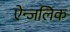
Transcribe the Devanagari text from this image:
ऐन्जलिक